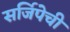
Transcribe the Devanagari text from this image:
सर्जिपेची